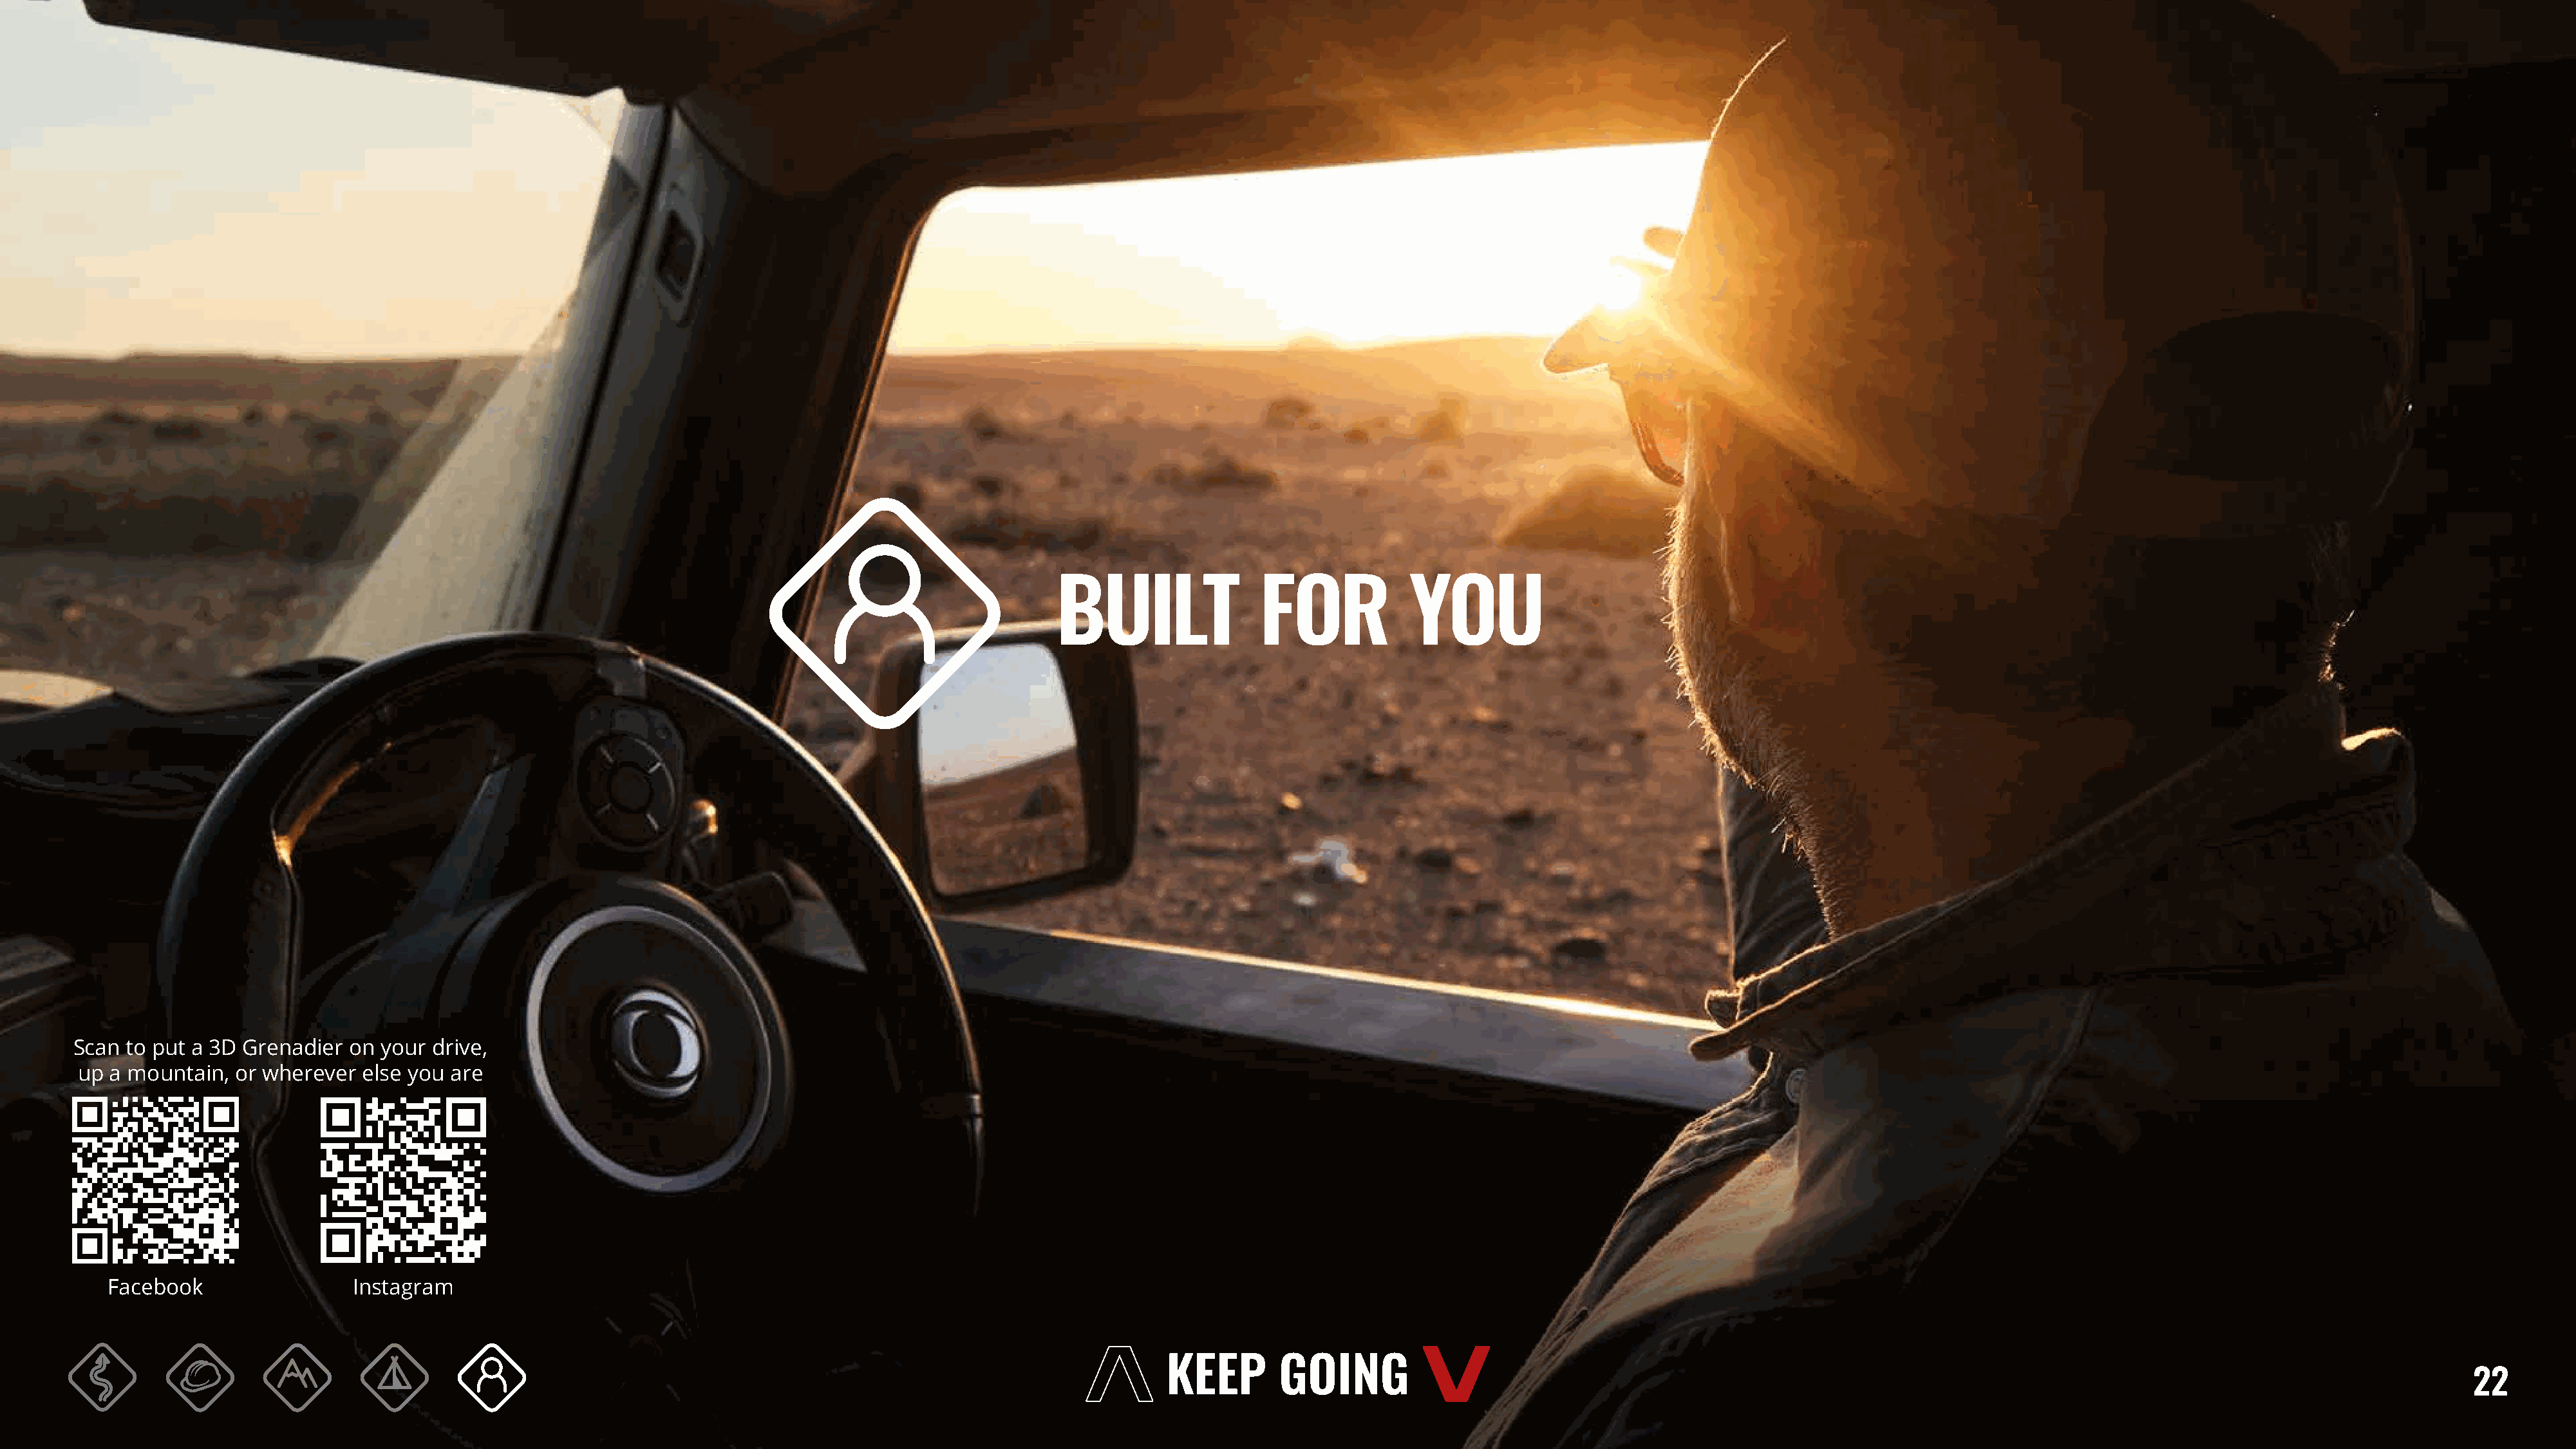
BUILT               FOR             YOU
 Scan to put a 3D Grenadier  on your drive,
 up a mountain,  or wherever  else you are
 Facebook                 Instagram
 22